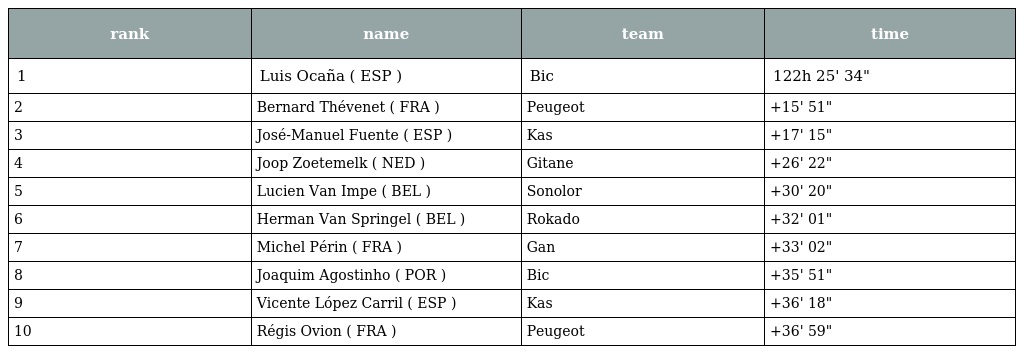
| rank | name | team | time |
 | --- | --- | --- | --- |
 | 1 | Luis Ocaña ( ESP ) | Bic | 122h 25' 34" |
 | 2 | Bernard Thévenet ( FRA ) | Peugeot | +15' 51" |
 | 3 | José-Manuel Fuente ( ESP ) | Kas | +17' 15" |
 | 4 | Joop Zoetemelk ( NED ) | Gitane | +26' 22" |
 | 5 | Lucien Van Impe ( BEL ) | Sonolor | +30' 20" |
 | 6 | Herman Van Springel ( BEL ) | Rokado | +32' 01" |
 | 7 | Michel Périn ( FRA ) | Gan | +33' 02" |
 | 8 | Joaquim Agostinho ( POR ) | Bic | +35' 51" |
 | 9 | Vicente López Carril ( ESP ) | Kas | +36' 18" |
 | 10 | Régis Ovion ( FRA ) | Peugeot | +36' 59" |